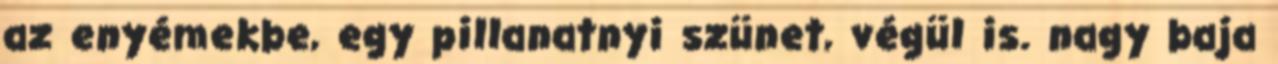
az enyémekbe, egy pillanatnyi szünet, végül is. nagy baja